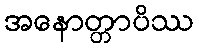
အနောတ္တာပိဿ